Annual report on the working of the Harcourt Butler Institute of Public Health, Rangoon
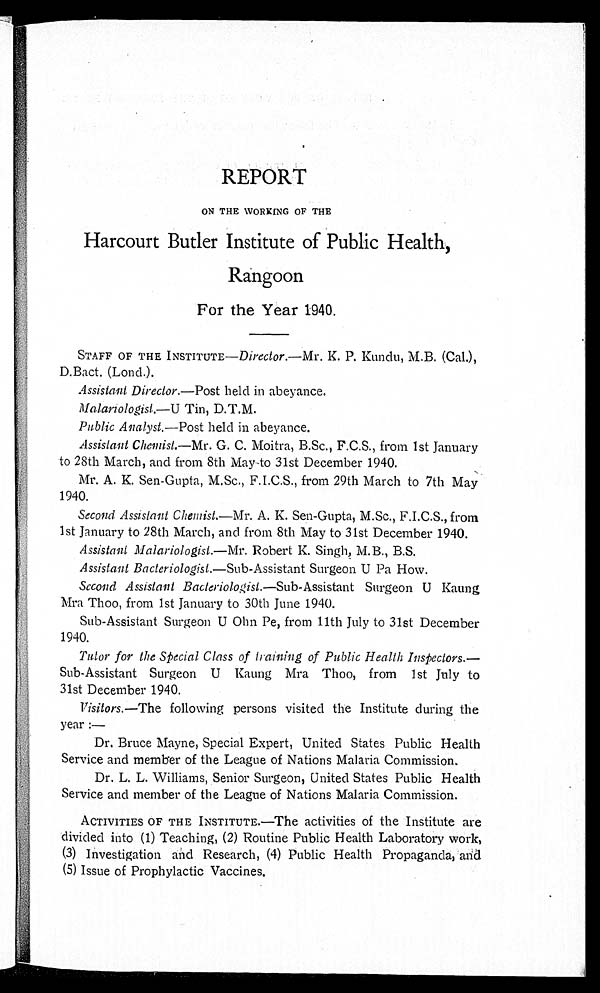
REPORT
ON THE WORKING OF THE
Harcourt Butler Institute of Public Health,
Rangoon
For the Year 1940.
STAFF OF THE INSTITUTE—Director.—Mr. K. P. Kundu, M.B. (Cal.),
D.Bact. (Lond.).
Assistant Director.—Post held in abeyance.
Malariologist.—U Tin, D.T.M.
Public Analyst.— Post held in abeyance.
Assistant Chemist.—Mr. G. C. Moitra, B.Sc., F.C.S., from 1st January
to 28th March, and from 8th May to 31st December 1940.
Mr. A. K. Sen-Gupta, M.Sc., F.I.C.S., from 29th March to 7th May
1940.
Second Assistant Chemist.—Mr. A. K. Sen-Gupta, M.Sc., F.I.C.S., from
1st January to 28th March, and from 8th May to 31st December 1940.
Assistant Malariologist.— Mr . Robert K. Singh, M.B., B.S.
Assistant Bacteriologist.— Sub-Assistant Surgeon U Pa How.
Second Assistant Bacteriologist.—Sub-Assistant Surgeon U Kaung
Mra Thoo, from 1st January to 30th June 1940.
Sub-Assistant Surgeon U Ohn Pe, from 11th July to 31st December
1940.
Tutor for the Special Class of training of Public Health Inspectors.—
Sub-Assistant Surgeon U Kaung Mra Thoo, from 1st July to
31st December 1940.
Visitors.—The following persons visited the Institute during the
year:—
Dr. Bruce Mayne, Special Expert, United States Public Health
Service and member of the League of Nations Malaria Commission.
Dr. L. L. Williams, Senior Surgeon, United States Public Health
Service and member of the League of Nations Malaria Commission.
ACTIVITIES OF THE INSTITUTE.—The activities of the Institute are
divided into (1) Teaching, (2) Routine Public Health Laboratory work,
(3) Investigation and Research, (4) Public Health Propaganda, and
(5) Issue of Prophylactic Vaccines.